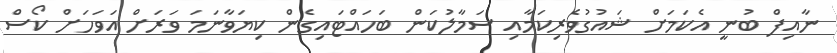
ނާއިފް ބުނީ އެކަމަށް ޝައުގުވެރިކަމާއި ސަމާލުކަން ބަހައްޓައިގެން ކިޔަވާނަމަ ވަރަށް އަވަހަށް ކޯސް